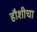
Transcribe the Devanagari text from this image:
हौशीचा